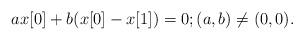
LaTeX: \begin{align*}ax[0]+b(x[0]-x[1])=0;(a,b)\neq (0,0).\end{align*}